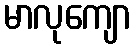
မာလုကျော